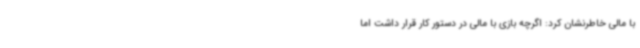
با مالی خاطرنشان کرد: اگرچه بازی با مالی در دستور کار قرار داشت اما